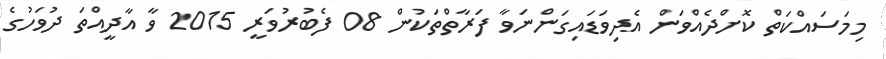
މިމަސައްކަތް ކޮށްދެއްވަން އެދިވަޑައިގަންނަވާ ފަރާތްތަކުން 08 ފެބުރުވަރީ 2015 ވާ އާދީއްތަ ދުވަހުގެ